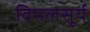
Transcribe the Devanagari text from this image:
विमलसूर्य